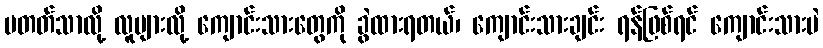
မတတ်သာလို့ လူများလို့ ကျောင်းသားတွေကို ခွဲထားရတယ်၊ ကျောင်းသားချင်း ရန်ဖြစ်ရင် ကျောင်းသားပဲ